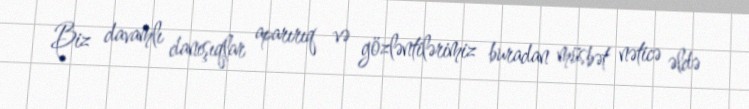
Biz davamlı danışıqlar aparırıq və gözləntilərimiz buradan müsbət nəticə əldə